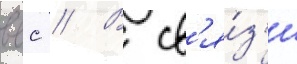
ввс // В св'я́з'и